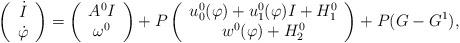
LaTeX: \begin{align*}\left(\begin{array}{c} \dot I\\ \dot\varphi\end{array}\right)=\left(\begin{array}{c} A^0I\\ \omega^0\end{array}\right)+P\left(\begin{array}{c} u_0^0(\varphi)+u_1^0(\varphi)I+H_1^0\\ w^0(\varphi)+H_2^0\end{array}\right)+P (G-G^1),\end{align*}